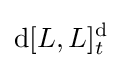
\mathrm {d} [L,L]_{t}^{\mathrm {d} }